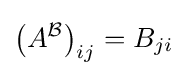
\left(A^{\mathcal {B}}\right)_{ij}=B_{ji}